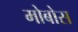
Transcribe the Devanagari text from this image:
मोबोस